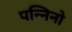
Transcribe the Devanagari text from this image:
पन्निनो